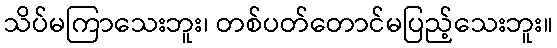
သိပ်မကြာသေးဘူး၊ တစ်ပတ်တောင်မပြည့်သေးဘူး။